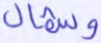
وشمال